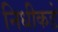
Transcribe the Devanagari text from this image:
निधीकडे